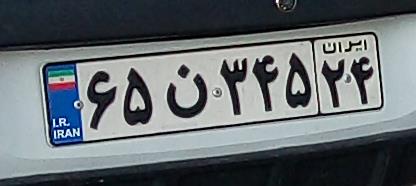
۶۵ن۳۴۵۲۴